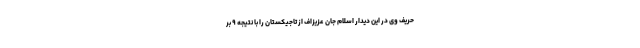
حریف وی در این دیدار اسلام جان عزیزاف از تاجیکستان را با نتیجه ۹ بر